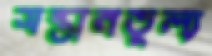
সন্তানতুল্য